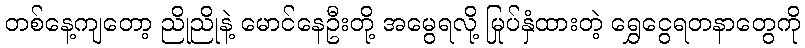
တစ်နေ့ကျတော့ ညိုညိုနဲ့ မောင်နေဦးတို့ အမွေရလို့ မြုပ်နှံထားတဲ့ ရွှေငွေရတနာတွေကို